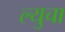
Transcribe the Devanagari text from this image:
ल्युचा